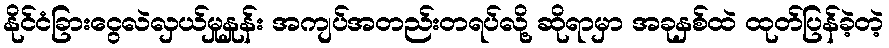
နိုင်ငံခြားငွေလဲလှယ်မှုနှုန်း အကျပ်အတည်းတရပ်လို့ ဆိုရာမှာ အခုနှစ်ထဲ ထုတ်ပြန်ခဲ့တဲ့